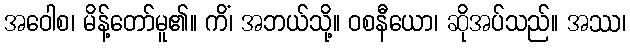
အဝေါစ၊ မိန့်တော်မူ၏။ ကိံ၊ အဘယ်သို့။ ဝစနီယော၊ ဆိုအပ်သည်။ အဿ၊